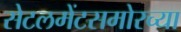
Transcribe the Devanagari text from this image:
सेटलमेंटसमोरच्या